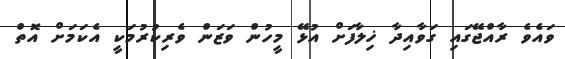
ވައެވެ ރާއްޖޭގައި ގަވާއިދާ ޚިލާފަށް އުޅޭ މީހުން ވަޒަން ވެރިކުރުމަކީ އެކަމަށް އޮތް